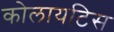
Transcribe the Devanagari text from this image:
कोलायटिस